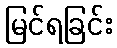
မြင်ရခြင်း